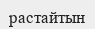
растайтын